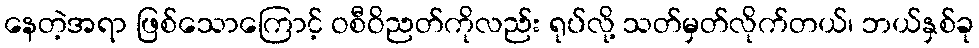
နေတဲ့အရာ ဖြစ်သောကြောင့် ဝစီဝိညတ်ကိုလည်း ရုပ်လို့ သတ်မှတ်လိုက်တယ်၊ ဘယ်နှစ်ခု